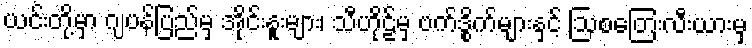
ယင်းတို့မှာ ဂျပန်ပြည်မှ အိုင်းနူးများ၊ သီဟိုဠ်မှ ဗက်ဒွိုက်များနှင့် ဩစတြေးလီးယားမှ